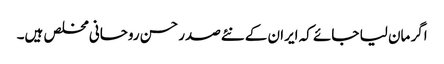
اگر مان لیا جائے کہ ایران کے نئےصدر حسن روحانی مخلص ہیں۔